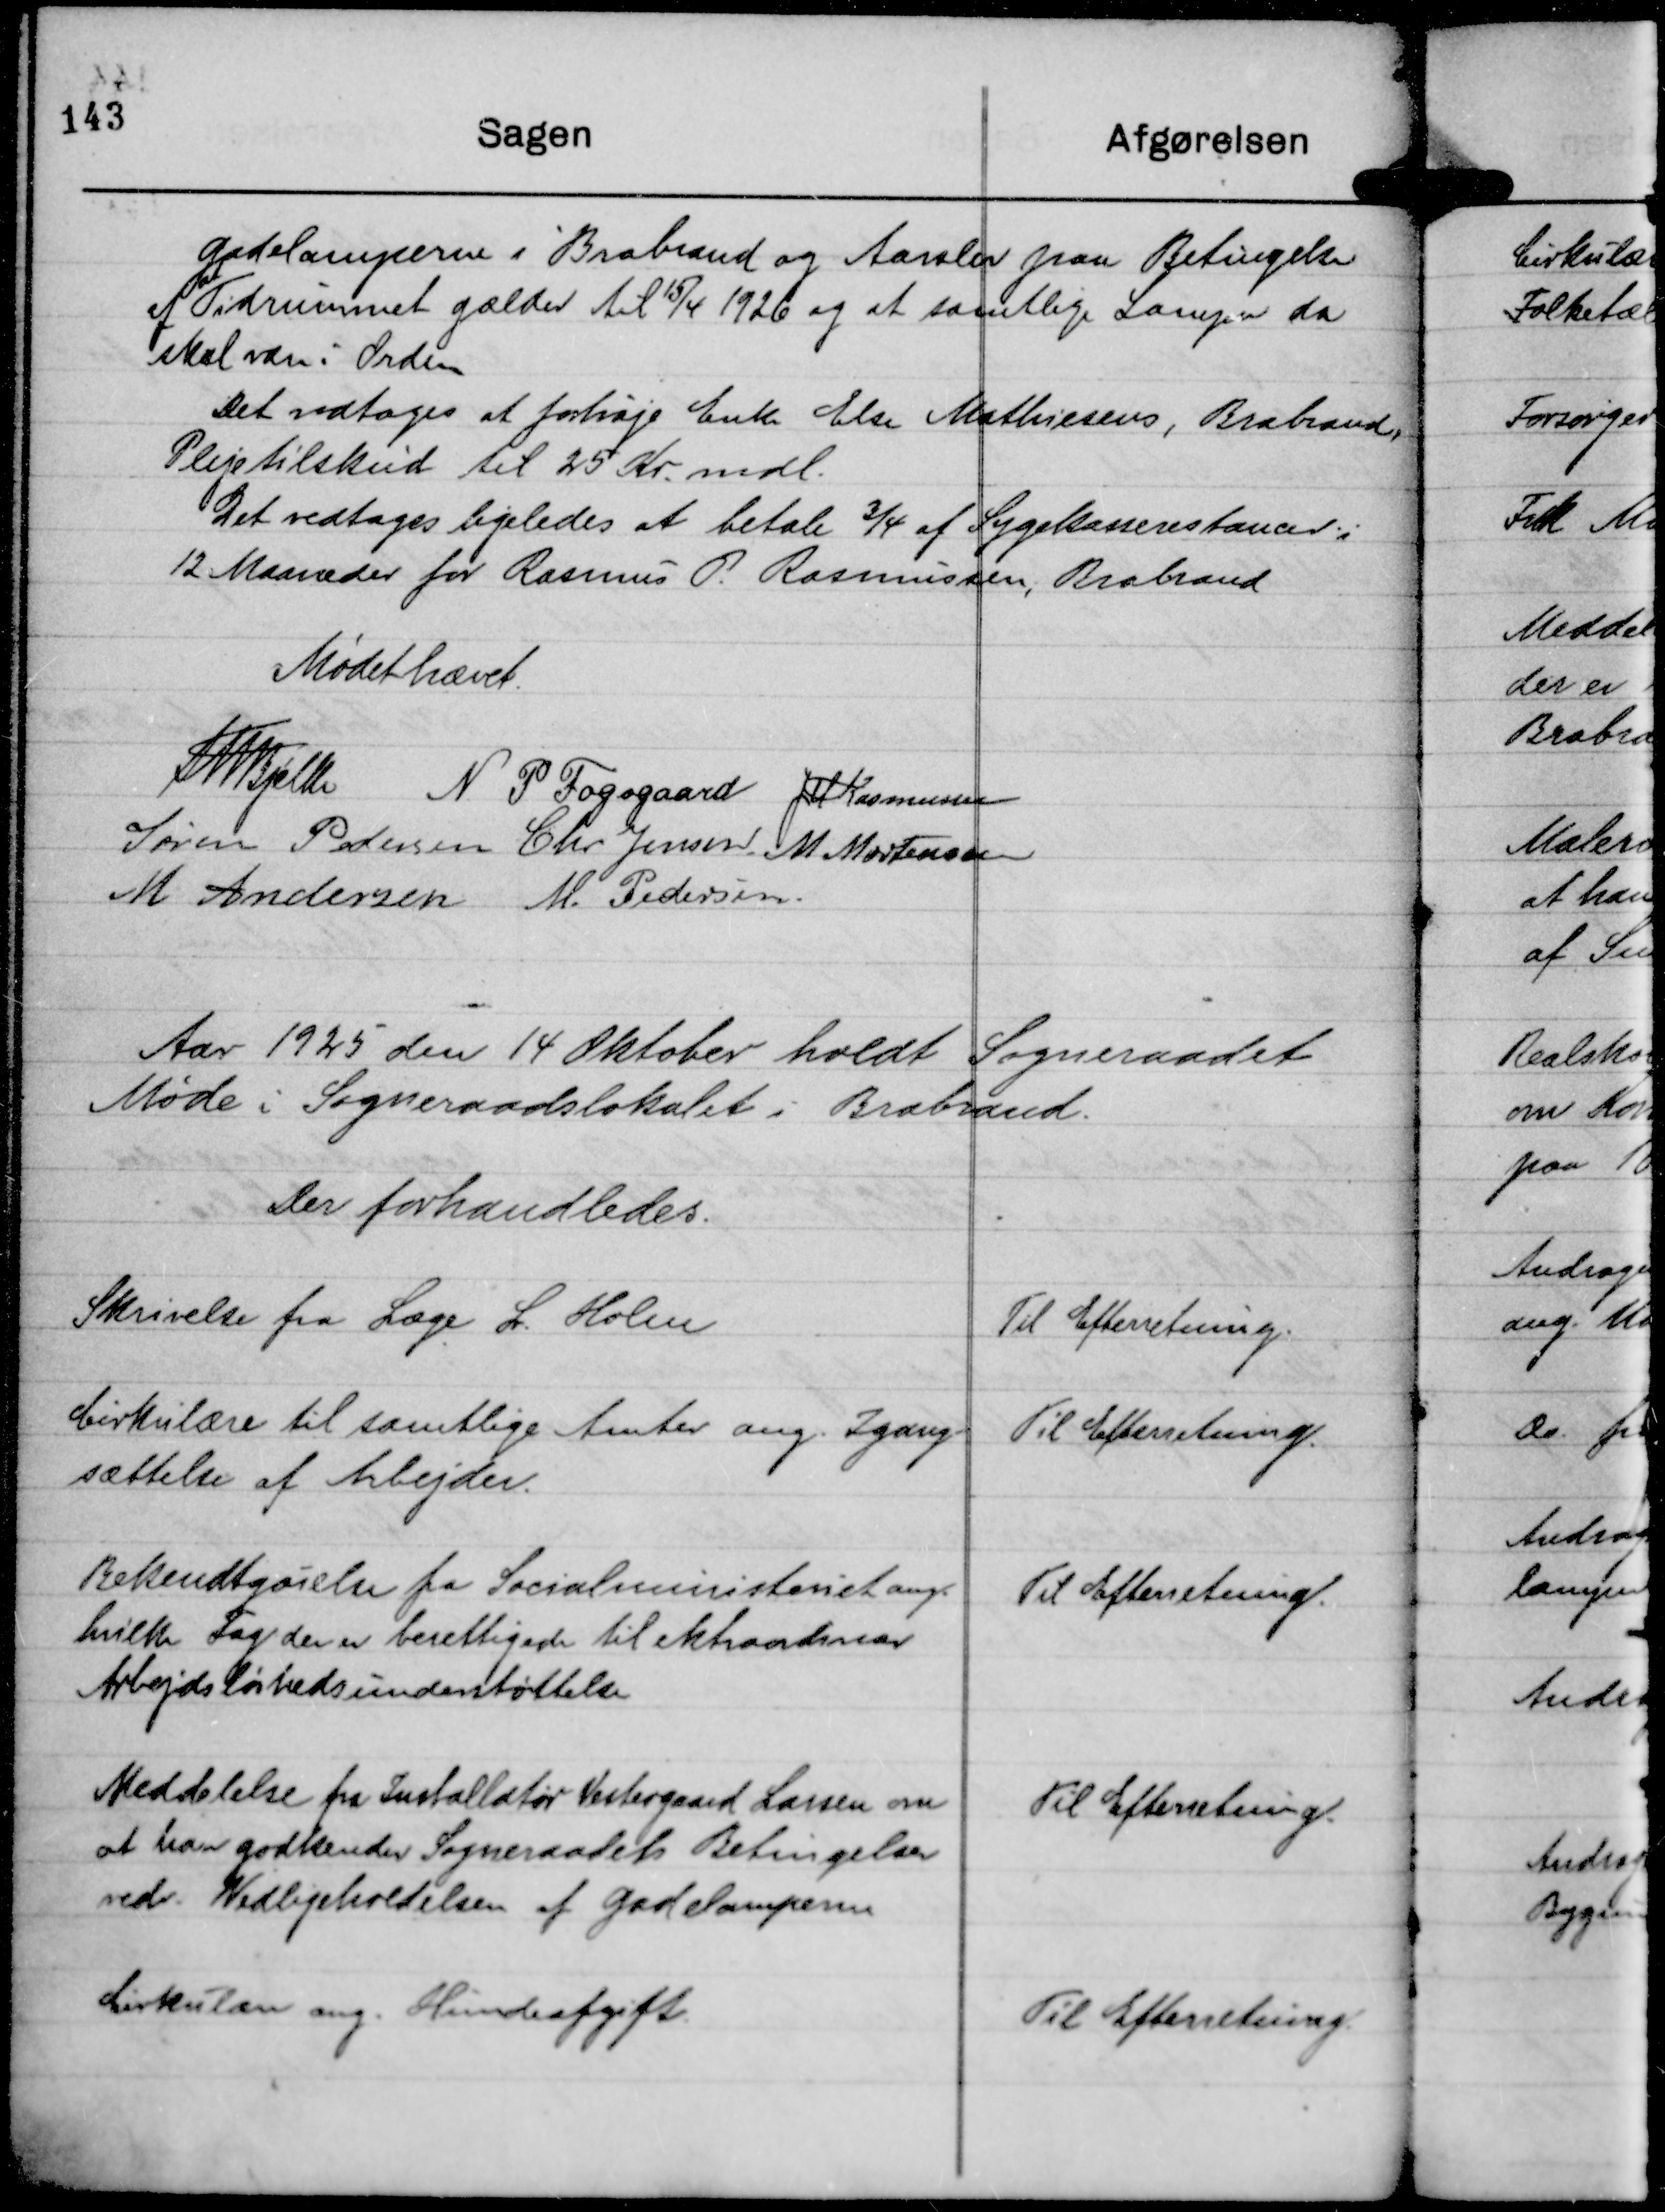
Transskription:
Gadelamperne i Brabrand og Aarslev paa Betingelse
af Tidsrummet gælder til 15/4 1926 og at samtlige Lamper da
skal være i Orden

Det vedtoges at forhøje Enke Else Mathiesens, Brabrand,
Plejetilskud til 25 Kr. mdl.

Det vedtoges ligeledes at betale ¾ af Sygekasserestancer i
12 Maaneder for Rasmus P. Rasmussen, Brabrand

Mødet hævet.
Th Bjelke
N P Fogsgaard
JM Rasmussen
Søren Pedersen
Chr Jensen
M Mortensen
M Andersen
M. Pedersen.

Aar 1925 den 14 Oktober holdt Sogneraadet
Møde i Sogneraadslokalet i Brabrand.
Der forhandledes.

Skrivelse fra Læge L. Holm

Til Efterretning.

Cirkulære til samtlige Amter ang. Igang-
sættelse af Arbejder.

Til Efterretning.

Bekendtgørelse fra Socialministeriet ang.
hvilke Fag der er berettigede til ekstraordinær
Arbejdsløshedsunderstøttelse

Til Efterretning.

Meddelelse fra Installatør Vestergaard Larsen om
at han godkender Sogneraadets Betingelser
vedr. Vedligeholdelsen af Gadelamperne

Til Efterretning.

Cirkulære ang. Hundeafgift.

Til Efterretning.